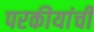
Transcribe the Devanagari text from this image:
परकीयांची